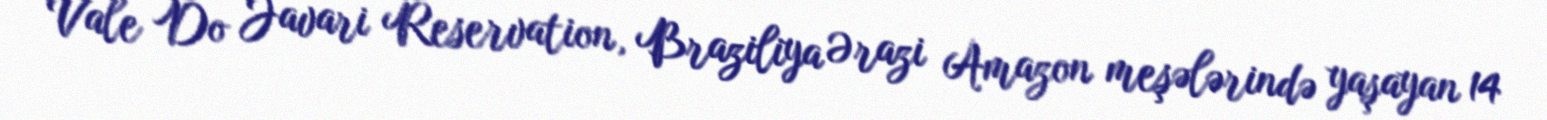
Vale Do Javari Reservation, Braziliya Ərazi Amazon meşələrində yaşayan 14